Lunatic asylums Bombay report 1891-1903 - 1891-1903
Year: 1891
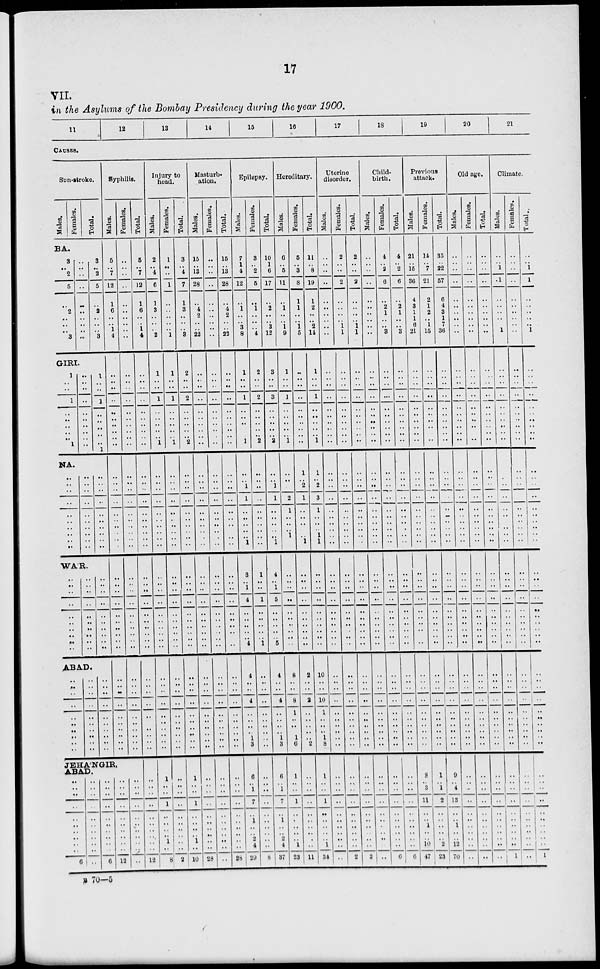
17
VII.
in the Asylums of the Bombay Presidency during the year 1900.
11
12
13
14
15
16
17
18
19
20
21
CAUSES.
Sun-stroke.
Males.
Females.
Total.
BA.
3
..
2
5
..
2
..
..
..
3
..
..
..
..
..
..
..
..
..
..
3
..
2
5
..
2
..
..
..
3
GIRI.
1
..
..
1
..
..
..
1
..
..
..
..
..
..
..
..
1
..
..
1
..
..
..
1
NA.
..
..
..
..
..
..
..
..
..
..
..
..
..
..
..
..
..
..
..
..
..
..
..
..
..
..
..
..
..
..
WA'R.
..
..
..
..
..
..
..
..
..
..
..
..
..
..
..
..
..
..
..
..
..
..
..
..
..
..
..
..
..
..
..ABAD.
..
..
..
..
..
..
..
..
..
..
..
..
..
..
..
..
..
..
..
..
..
..
..
..
..
..
..
..
..
..
Syphilis.
Males.
5
..
7
12
1
6
..
..
1
4
..
..
..
..
..
..
..
..
..
..
..
..
..
..
..
..
..
..
..
..
..
..
..
..
..
..
..
..
..
..
..
..
..
..
..
..
..
..
Females.
..
..
..
..
..
..
..
..
..
..
..
..
..
..
..
..
..
..
..
..
..
..
..
..
..
..
..
..
..
..
..
..
..
..
..
..
..
..
..
..
..
..
..
..
..
..
..
..
JEHA'NGIR,
ABAD.
..
..
..
..
..
..
..
..
..
..
6
..
..
..
..
..
..
..
..
..
..
..
..
..
..
..
..
..
..
..
..
..
6
..
..
..
..
..
..
..
..
..
..
12
..
..
..
..
..
..
..
..
..
..
..
Total.
5
..
7
12
1
6
..
..
1
4
..
..
..
..
..
..
..
..
..
..
..
..
..
..
..
..
..
..
..
..
..
..
..
..
..
..
..
..
..
..
..
..
..
..
..
..
..
..
..
..
..
..
..
..
..
..
..
..
12
Injury to
head.
Males.
2
..
4
6
1
3
..
..
..
2
1
..
..
1
..
..
..
1
..
..
..
..
..
..
..
..
..
..
..
..
..
..
..
..
..
..
..
..
..
..
..
..
..
..
..
..
..
..
1
..
..
1
..
..
..
..
1
..
8
Females.
1
..
..
1
..
..
..
..
..
1
1
..
..
1
..
..
..
1
..
..
..
..
..
..
..
..
..
..
..
..
..
..
..
..
..
..
..
..
..
..
..
..
..
..
..
..
..
..
..
..
..
..
..
..
..
..
..
..
2
Total.
3
..
4
7
1
3
..
..
..
3
2
..
..
2
..
..
..
2
..
..
..
..
..
..
..
..
..
..
..
..
..
..
..
..
..
..
..
..
..
..
..
..
..
..
..
..
..
..
1
..
..
1
..
..
..
..
1
..
10
Masturb-
ation.
Males.
15
..
13
28
..
4
2
..
..
22
..
..
..
..
..
..
..
..
..
..
..
..
..
..
..
..
..
..
..
..
..
..
..
..
..
..
..
..
..
..
..
..
..
..
..
..
..
..
..
..
..
..
..
..
..
..
..
..
28
Females.
..
..
..
..
..
..
..
..
..
..
..
..
..
..
..
..
..
..
..
..
..
..
..
..
..
..
..
..
..
..
..
..
..
..
..
..
..
..
..
..
..
..
..
..
..
..
..
..
..
..
..
..
..
..
..
..
..
..
..
Total.
15
..
13
28
..
4
2
..
..
22
..
..
..
..
..
..
..
..
..
..
..
..
..
..
..
..
..
..
..
..
..
..
..
..
..
..
..
..
..
..
..
..
..
..
..
..
..
..
..
..
..
..
..
..
..
..
..
..
28
Epilepsy.
Males.
7
1
4
12
..
1
..
..
3
8
1
..
..
1
..
..
..
1
..
..
1
1
..
..
..
..
..
1
3
..
1
4
..
..
..
..
..
4
4
..
..
4
..
..
..
..
1
3
6
..
1
7
..
1
..
..
2
4
29
Females.
3
..
2
5
..
1
..
..
.. 4
2
..
..
2
..
..
..
2
..
..
..
..
..
..
..
..
..
..
1
..
..
1
..
..
..
..
..
1
..
..
..
..
..
..
..
..
..
..
..
..
..
..
..
..
..
..
..
..
8
Total.
10
1
6
17
..
2
..
..
3
12
3
..
..
3
..
..
..
3
..
..
1
1
..
..
..
..
..
1
4
..
1
5
..
..
..
..
..
6
4
..
..
4
..
..
..
..
1
3
6
..
1
7
..
1
..
..
2
4
37
Hereditary.
Males.
6
..
5
11
..
1
..
..
1
9
1
..
..
1
..
..
..
1
..
..
..
2
1
..
..
..
1
..
..
..
..
..
..
..
..
..
..
..
8
..
..
8
1
..
..
..
1
6
1
..
..
1
..
..
..
..
..
1
23
Females.
5
..
3
8
1
1
..
..
1
5
..
..
..
..
..
..
..
..
1
..
2
1
..
..
..
..
..
1
..
..
..
..
..
..
..
..
..
..
2
..
..
2
..
..
..
..
..
2
..
..
..
..
..
..
..
..
..
..
11
Total.
11
..
8
19
1
2
..
..
2
14
1
..
..
1
..
..
..
1
1
..
2
3
1
..
..
..
1
1
..
..
..
..
..
..
..
..
..
..
10
..
..
10
1
..
..
..
1
8
1
..
..
1
..
..
..
..
..
1
34
Uterine
disorder.
Males.
..
..
..
..
..
..
..
..
..
..
..
..
..
..
..
..
..
..
..
..
..
..
..
..
..
..
..
..
..
..
..
..
..
..
..
..
..
..
..
..
..
..
..
..
..
..
..
..
..
..
..
..
..
..
..
..
..
..
..
Females.
2
..
..
2
..
..
..
..
1
1
..
..
..
..
..
..
..
..
..
..
..
..
..
..
..
..
..
..
..
..
..
..
..
..
..
..
..
..
..
..
..
..
..
..
..
..
..
..
..
..
..
..
..
..
..
..
..
..
2
Total.
2
..
..
2
..
..
..
..
1
1
..
..
..
..
..
..
..
..
..
..
..
..
..
..
..
..
..
..
..
..
..
..
..
..
..
..
..
..
..
..
..
..
..
..
..
..
..
..
..
..
..
..
..
..
..
..
..
..
2
Child-
birth.
Males.
..
..
..
..
..
..
..
..
..
. .
..
..
..
..
..
..
..
..
..
..
..
..
..
..
..
..
..
..
..
..
..
..
..
..
..
..
..
..
..
..
..
..
..
..
..
..
..
..
..
..
..
..
..
..
..
..
..
..
..
Females.
4
..
2
6
..
2
1
..
..
3
..
..
..
..
..
..
..
..
..
..
..
..
..
..
..
..
..
..
..
..
..
..
..
..
..
..
..
..
..
..
..
..
..
..
..
..
..
..
..
..
..
..
..
..
..
..
..
..
6
Total.
4
..
2
6
..
2
1
..
..
3
..
..
..
..
..
..
..
..
..
..
..
..
..
..
..
..
..
..
..
..
..
..
..
..
..
..
..
..
..
..
..
..
..
..
..
..
..
..
..
..
..
..
..
..
..
..
..
..
6
Previous
attack.
Males.
21
..
15
36
4
3
1
1
6
21
..
..
..
..
..
..
..
..
..
..
..
..
..
..
..
..
..
..
..
..
..
..
..
..
..
..
..
..
..
..
..
..
..
..
..
..
..
..
8
..
3
11
..
..
1
..
..
10
47
Females.
14
..
7
21
2
1
2
..
1
15
..
..
..
..
..
..
..
..
..
..
..
..
..
..
..
..
..
..
..
..
..
..
..
..
..
..
..
..
..
..
..
..
..
..
..
..
..
..
1
..
1
2
..
..
..
..
..
2
23
Total.
35
..
22
57
6
4
3
1
7
36
..
..
..
..
..
..
..
..
..
..
..
..
..
..
..
..
..
..
..
..
..
..
..
..
..
..
..
..
..
..
..
..
..
..
..
..
..
..
9
..
4
13
..
..
1
..
..
12
70
Old age.
Males.
..
..
..
..
..
..
..
..
..
..
..
..
..
..
..
..
..
..
..
..
..
..
..
..
..
..
..
..
..
..
..
..
..
..
..
..
..
..
..
..
..
..
..
..
..
..
..
..
..
..
..
..
..
..
..
..
..
..
..
Females.
..
..
..
..
..
..
..
..
..
..
..
..
..
..
..
..
..
..
..
..
..
..
..
..
..
..
..
..
..
..
..
..
..
..
..
..
..
..
..
..
..
..
..
..
..
..
..
..
..
..
..
..
..
..
..
..
..
..
..
Total.
..
..
..
..
..
..
..
..
..
..
..
..
..
..
..
..
..
..
..
..
..
..
..
..
..
..
..
..
..
..
..
..
..
..
..
..
..
..
..
..
..
..
..
..
..
..
..
..
..
..
..
..
..
..
..
..
..
..
..
Climate.
Males.
..
..
1
1
..
..
..
..
..
1
..
..
..
..
..
..
..
..
..
..
..
..
..
..
..
..
..
..
..
..
..
..
..
..
..
..
..
..
..
..
..
..
..
..
..
..
..
..
..
..
..
..
..
..
..
..
..
..
1
Females.
..
..
..
..
..
..
..
..
..
..
..
..
..
..
..
..
..
..
..
..
..
..
..
..
..
..
..
..
..
..
..
..
..
..
..
..
..
..
..
..
..
..
..
..
..
..
..
..
..
..
..
..
..
..
..
..
..
..
..
Total.
..
..
1
1
..
..
..
..
..
1
..
..
..
..
..
..
..
..
..
..
..
..
..
..
..
..
..
..
..
..
..
..
..
..
..
..
..
..
..
..
..
..
..
..
..
..
..
..
..
..
..
..
..
..
..
..
..
..
1
B 70—5